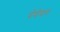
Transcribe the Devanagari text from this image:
पेवेयर